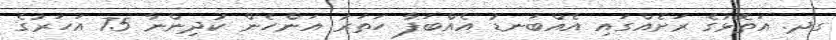
ގދ. އަތޮޅުގެ ރަށެއްގައި އެއްބަނޑު އެއްބަފާ ހަތަރު އަންހެން ކުދިންނާ 75 އަހަރުގެ